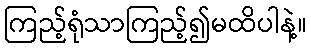
ကြည့်ရုံသာကြည့်၍မထိပါနဲ့။